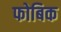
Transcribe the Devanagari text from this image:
फोबिक